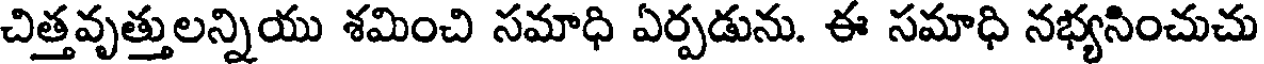
చిత్తవృత్తులన్నియు శమించి సమాధి ఏర్పడును. ఈ సమాధి నభ్యనించుచు